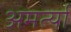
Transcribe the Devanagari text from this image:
अमर्त्या